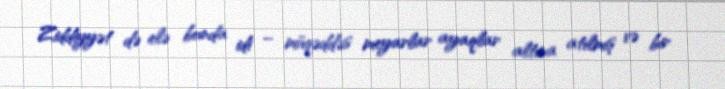
Ziddiyyət də elə bunda idi – müqəddəs meyarlar ayaqlar altına atılmış və bir